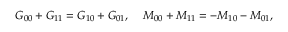
G _ { 0 0 } + G _ { 1 1 } = G _ { 1 0 } + G _ { 0 1 } , \; \; \; \; M _ { 0 0 } + M _ { 1 1 } = - M _ { 1 0 } - M _ { 0 1 } ,